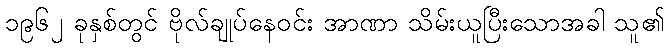
၁၉၆၂ ခုနှစ်တွင် ဗိုလ်ချုပ်နေဝင်း အာဏာ သိမ်းယူပြီးသောအခါ သူ၏